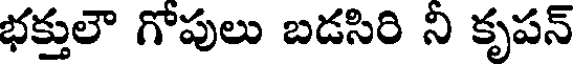
భక్తులౌ గోపులు బడసిరి ని కృపన్